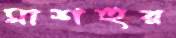
মাশহুর